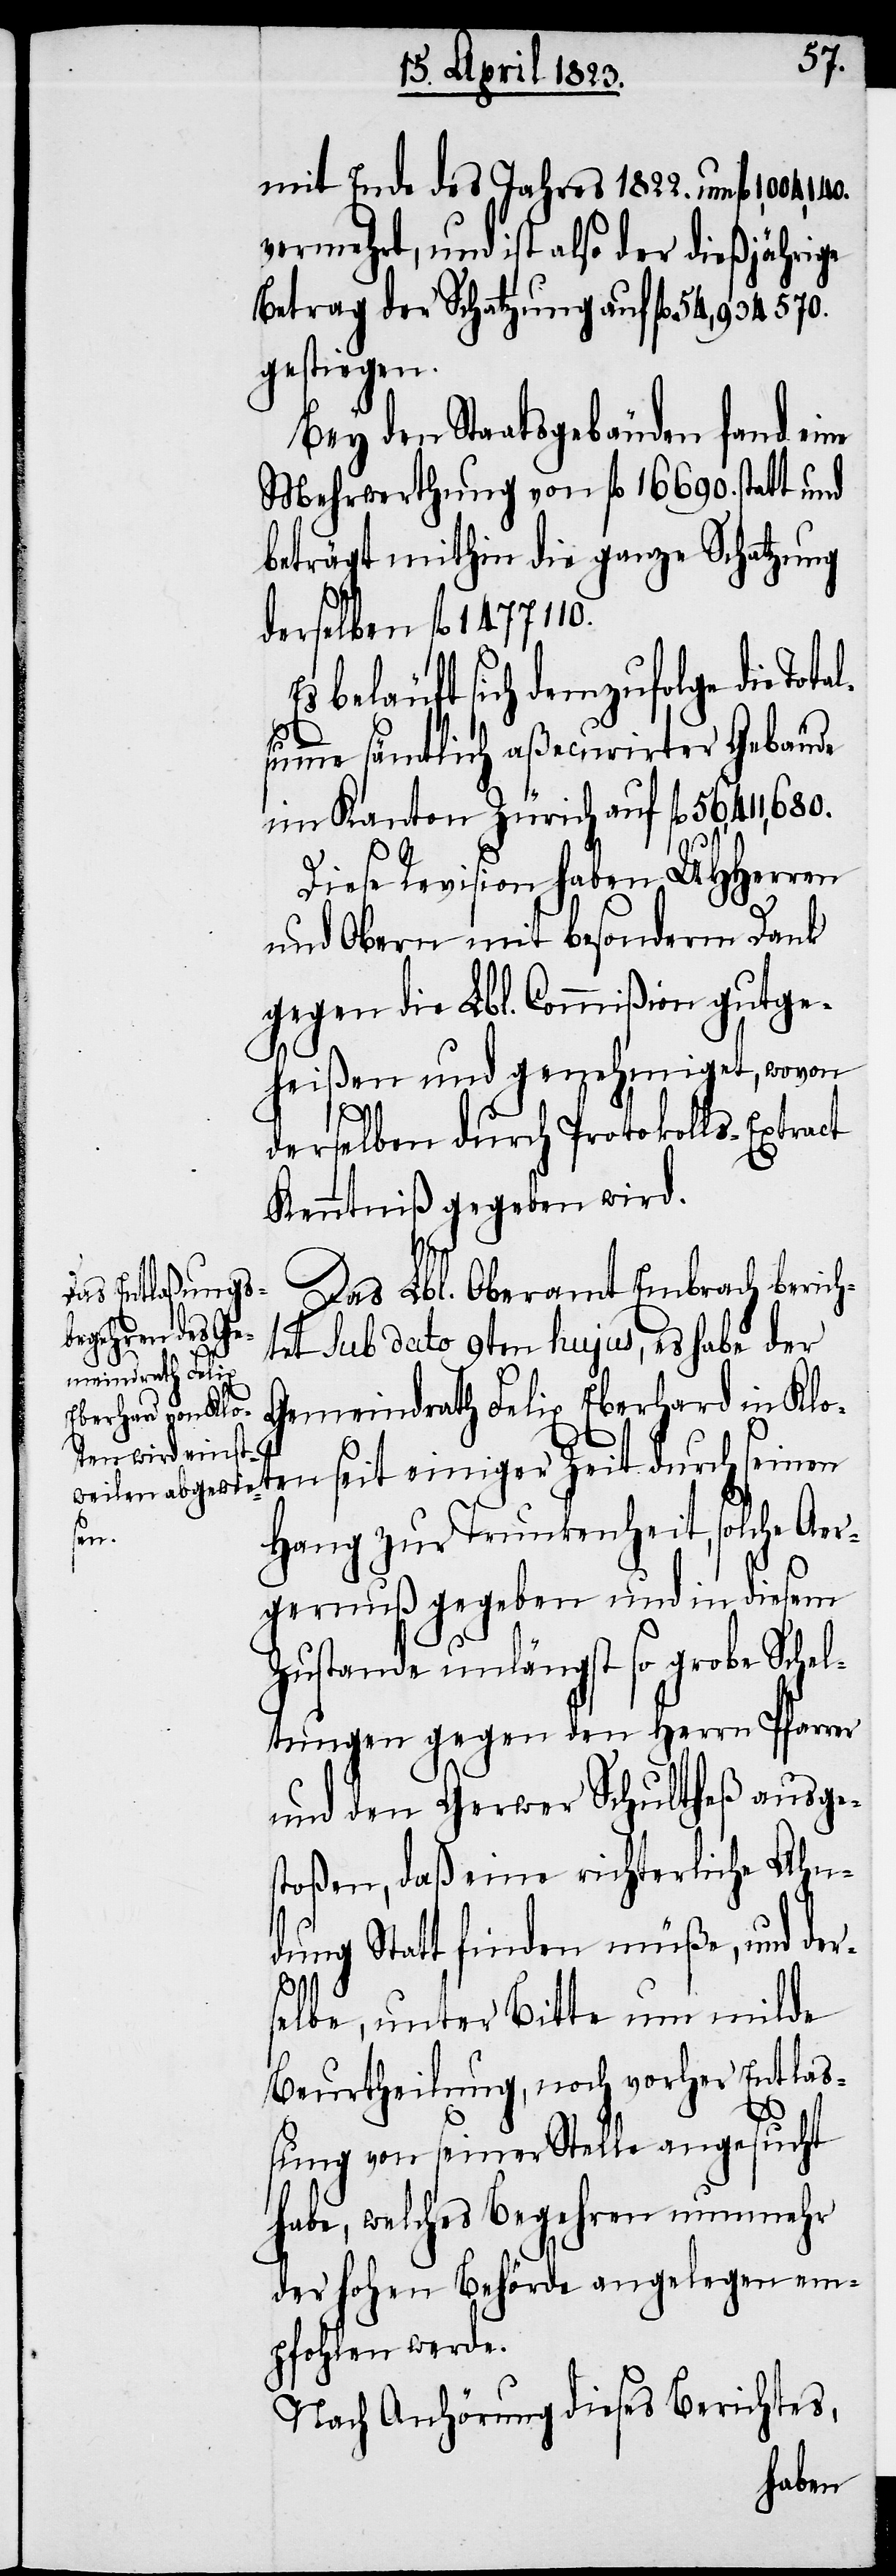
mit Ende des Jahres 1822. um fl.
vermehrt, und ist also der dießjährige
Betrag der Schatzung auf fl.
gestiegen.
Bey den Staatsgebäuden fand eine
Mehrwerthung von fl. 16[,]690. statt
beträgt mithin die ganze Schatzung
derselben fl.
beläuft sich demzufolge die Tot¬
summe sämtlich aßecurirter Gebäude
im Kanton Zürich auf fl. 56,411,680.
al¬
Diese Revision haben UHHerren
und Obern mit besonderm Dank
gegen die Lbl. Commißion gutge¬
heißen und genehmiget, wovon
derselben durch Protokolls-Extract
Kenntniß gegeben wird.
Das Lbl. Oberamt Embrach berich¬
tet Sub dato 9ten hujus, es habe der
Gemeindrath Felix Eberhard in Klo¬
ten seit einiger Zeit durch seinen
Hang zur Trunkenheit, solche Aer¬
gernuß gegeben und in diesem
Zustande unlängst so grobe Schel¬
tungen gegen den Herrn Pfarrer
und den Gerwer Schultheß ausge¬
stoßen, daß eine richterliche Ahn¬
dung Statt finden müße, und der¬
selbe, unter Bitte um milde
Beurtheilung, noch vorher Entlaß¬
ung von seiner Stelle angesucht
habe, welches Begehren nunmehr
der hohen Behörde angelegen em¬
pfohlen werde.
Nach Anhörung dieses Berichtes,